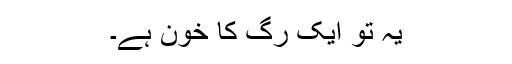
یہ تو ایک رگ کا خون ہے۔